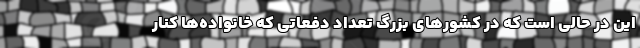
این در حالی‌ است که در کشورهای بزرگ تعداد دفعاتی که خانواده‌ها کنار